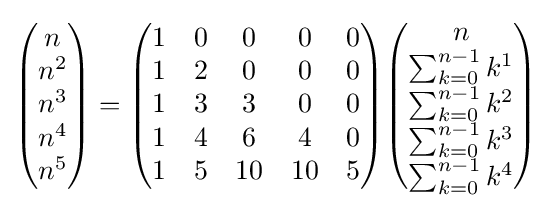
{\begin{pmatrix}n\\n^{2}\\n^{3}\\n^{4}\\n^{5}\\\end{pmatrix}}={\begin{pmatrix}1&0&0&0&0\\1&2&0&0&0\\1&3&3&0&0\\1&4&6&4&0\\1&5&10&10&5\end{pmatrix}}{\begin{pmatrix}n\\\sum _{k=0}^{n-1}k^{1}\\\sum _{k=0}^{n-1}k^{2}\\\sum _{k=0}^{n-1}k^{3}\\\sum _{k=0}^{n-1}k^{4}\\\end{pmatrix}}